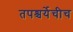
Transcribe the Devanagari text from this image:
तपश्चर्येचीच